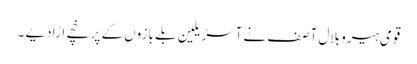
قومی ہیرو بلال آصف نے آسڑیلین بلے بازوں کے پر خچے اڑا دیے ۔